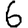
Digit: 6